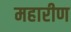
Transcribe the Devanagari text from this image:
महारीण